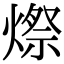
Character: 𪹥